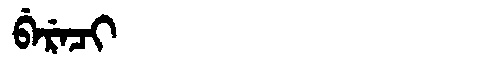
Manchu: ᠪᡝᡵᡝᠴᡳ
Romanization: BERECI